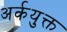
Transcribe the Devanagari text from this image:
अर्कयुक्त